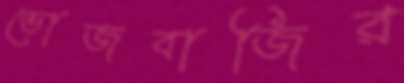
ভোজবাজির